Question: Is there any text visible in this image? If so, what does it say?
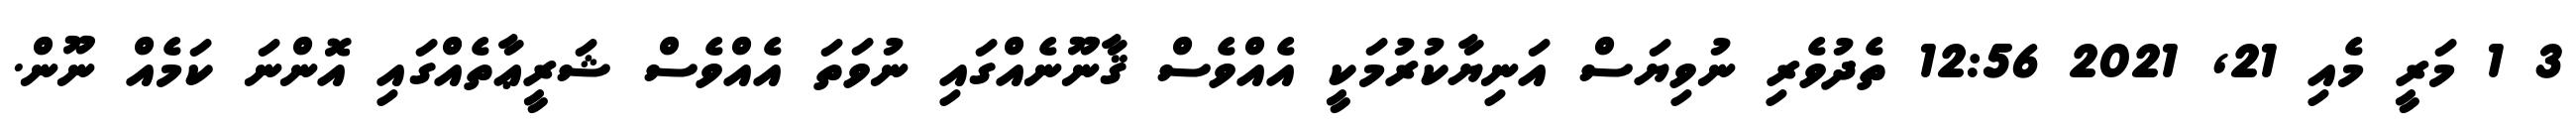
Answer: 3 1 މަރީ މެއި 21, 2021 12:56 ތެދުވެރި ނުވިޔަސް އަނިޔާކުރުމަކީ އެއްވެސް ޤާނޫނެއްގައި ނުވަތަ އެއްވެސް ޝަރީޢާތެއްގައި އޮންނަ ކަމެއް ނޫން.